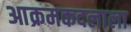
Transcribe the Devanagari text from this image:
आक्रमकदलाला